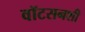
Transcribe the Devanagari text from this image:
वॉटसनशी